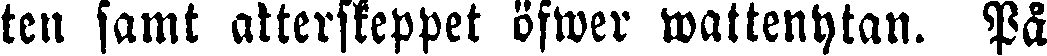
ten samt akterskeppet öfwer wattenytan. På